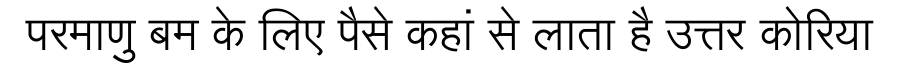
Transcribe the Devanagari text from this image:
परमाणु बम के लिए पैसे कहां से लाता है उत्तर कोरिया